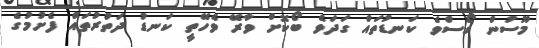
މޫސުން ގޯސްވެ ކަނޑުތައް ގަދަވެ ބޯކޮށް ވާރޭ ވެހޭތީ ކަނޑު ދަތުރުތައް ފެށުމުގެ